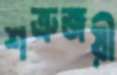
শত্রুজয়ী